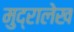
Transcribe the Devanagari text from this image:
मुद्रालेख